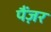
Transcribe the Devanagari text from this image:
पैंज़र